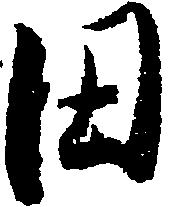
田